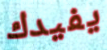
يفيدك